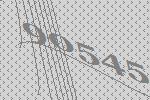
90545